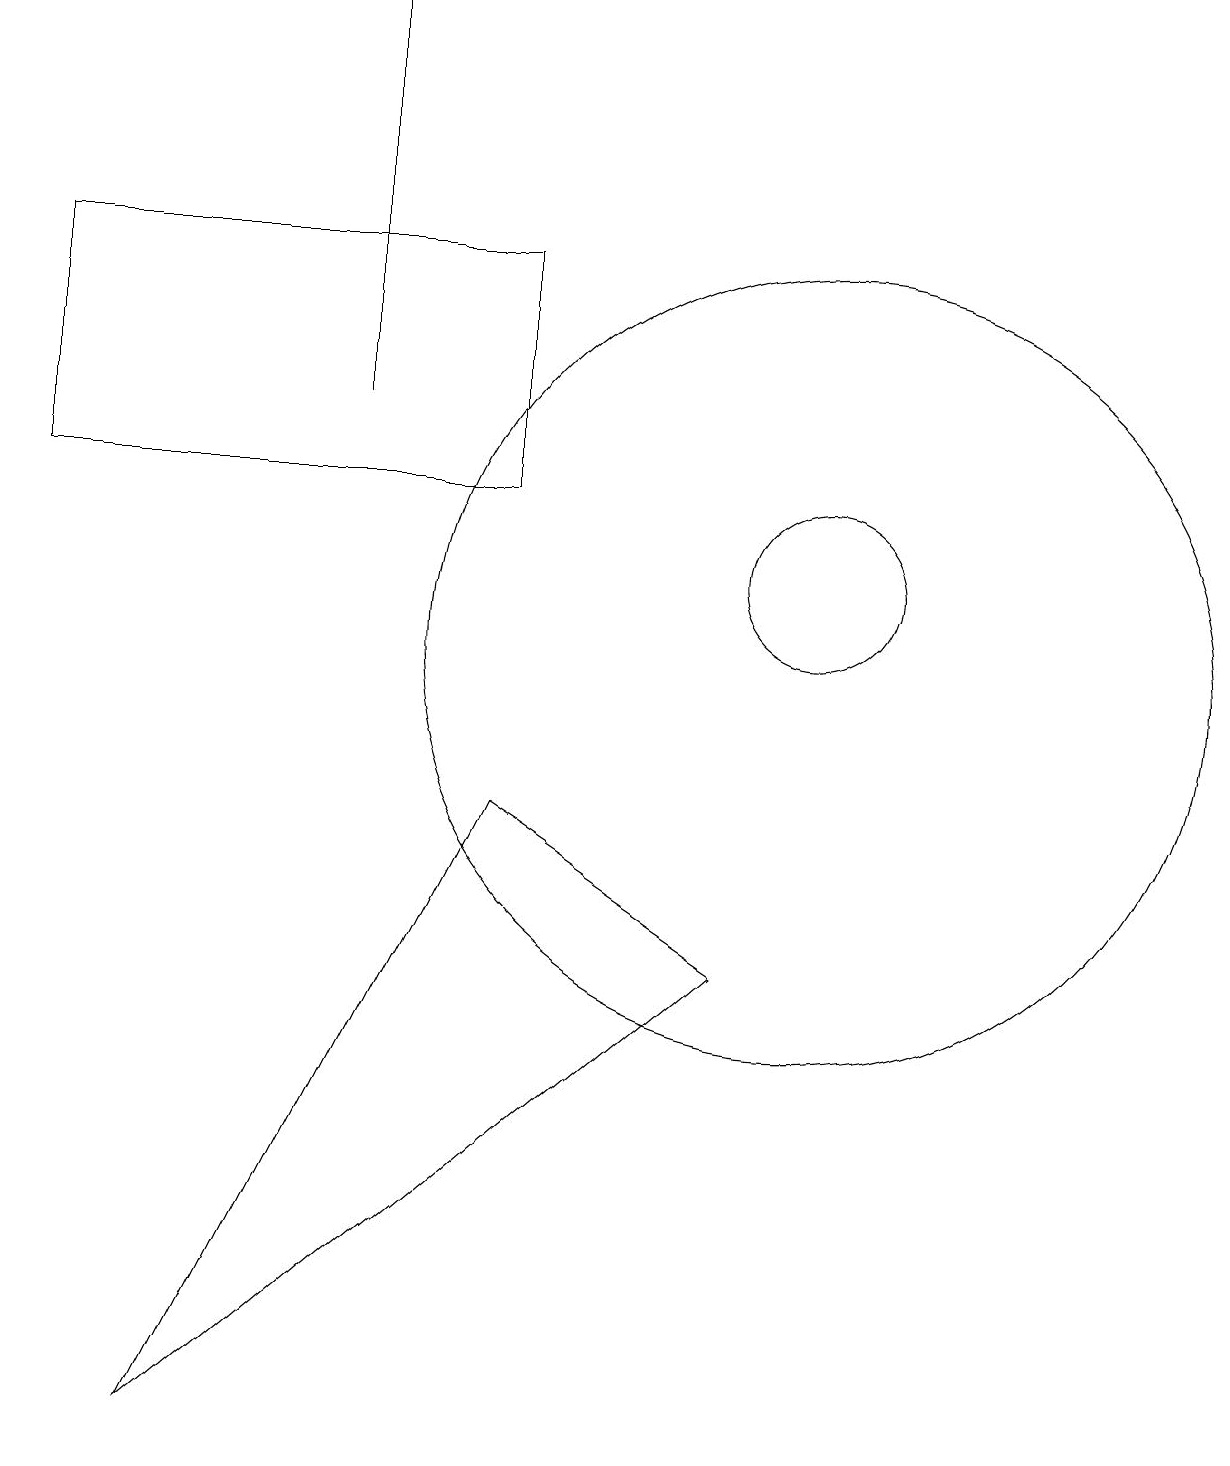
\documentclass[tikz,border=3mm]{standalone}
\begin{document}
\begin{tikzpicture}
\draw (0,13) rectangle (6,16);
\draw (10,11) circle (5);
\draw (4,19) rectangle (4,14);
\draw (10,12) circle (1);
\draw (6,9) -- (2,1) -- (9,7) -- cycle;
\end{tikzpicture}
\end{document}